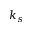
k _ { s }